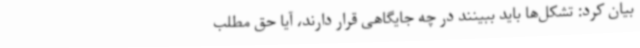
بیان کرد: تشکل‌ها باید ببینند در چه جایگاهی قرار دارند، آیا حق مطلب